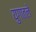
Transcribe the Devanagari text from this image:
युगातले